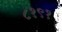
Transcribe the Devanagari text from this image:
८१९१